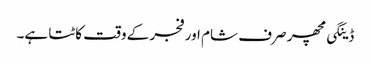
ڈینگی مچھر صرف شام اور فجر کے وقت کاٹتا ہے۔